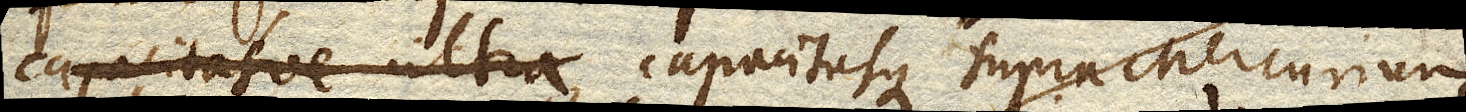
capacitasve ultra capacitasque supra Mercurium